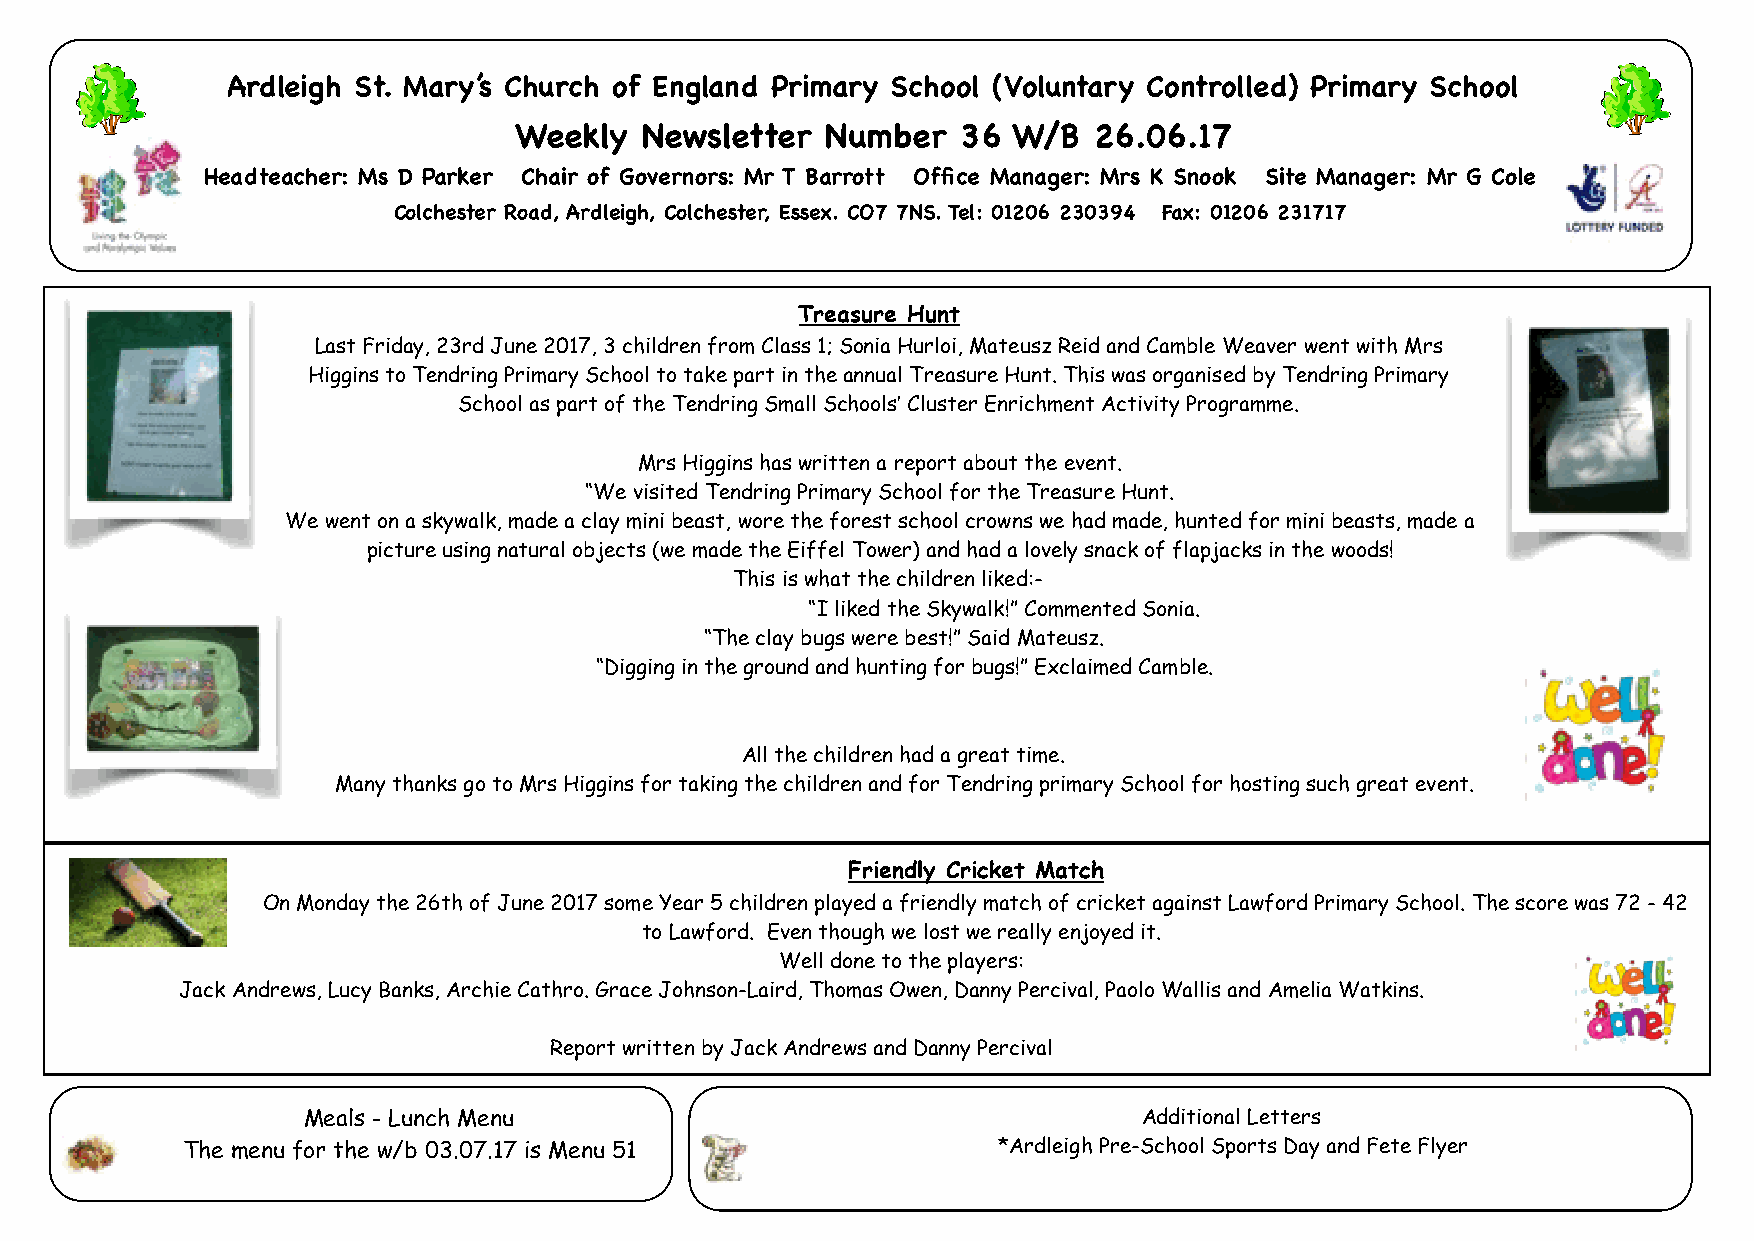
Ardleigh St. Mary’s Church of England Primary School (Voluntary Controlled) Primary School
 Weekly   Newsletter  Number   36 W/B  26.06.17
 Headteacher: Ms D Parker Chair of Governors: Mr T Barrott Office Manager: Mrs K Snook Site Manager: Mr G Cole
 Colchester Road, Ardleigh, Colchester, Essex. CO7 7NS. Tel: 01206 230394 Fax: 01206 231717
 Treasure Hunt
 Last Friday, 23rd June 2017, 3 children from Class 1; Sonia Hurloi, Mateusz Reid and Camble Weaver went with Mrs
 Higgins to Tendring Primary School to take part in the annual Treasure Hunt. This was organised by Tendring Primary
 School as part of the Tendring Small Schools’ Cluster Enrichment Activity Programme.
 Mrs Higgins has written a report about the event.
 “We visited Tendring Primary School for the Treasure Hunt.
 We went on a skywalk, made a clay mini beast, wore the forest school crowns we had made, hunted for mini beasts, made a
 picture using natural objects (we made the Eiffel Tower) and had a lovely snack of flapjacks in the woods!
 This is what the children liked:-
 “I liked the Skywalk!” Commented Sonia.
 “The clay bugs were best!” Said Mateusz.
 “Digging in the ground and hunting for bugs!” Exclaimed Camble.
 All the children had a great time.
 Many thanks go to Mrs Higgins for taking the children and for Tendring primary School for hosting such great event.
 Friendly Cricket Match
 On Monday the 26th of June 2017 some Year 5 children played a friendly match of cricket against Lawford Primary School. The score was 72 - 42
 to Lawford. Even though we lost we really enjoyed it.
 Well done to the players:
 Jack Andrews, Lucy Banks, Archie Cathro. Grace Johnson-Laird, Thomas Owen, Danny Percival, Paolo Wallis and Amelia Watkins.
 Report written by Jack Andrews and Danny Percival
 Meals - Lunch Menu                                      Additional Letters
 The menu for the w/b 03.07.17 is Menu 51              *Ardleigh Pre-School Sports Day and Fete Flyer